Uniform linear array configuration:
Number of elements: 64
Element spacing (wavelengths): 0.25
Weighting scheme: exponential
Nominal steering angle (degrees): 45
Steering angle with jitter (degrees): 44.759
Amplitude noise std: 0.05
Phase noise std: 0.05

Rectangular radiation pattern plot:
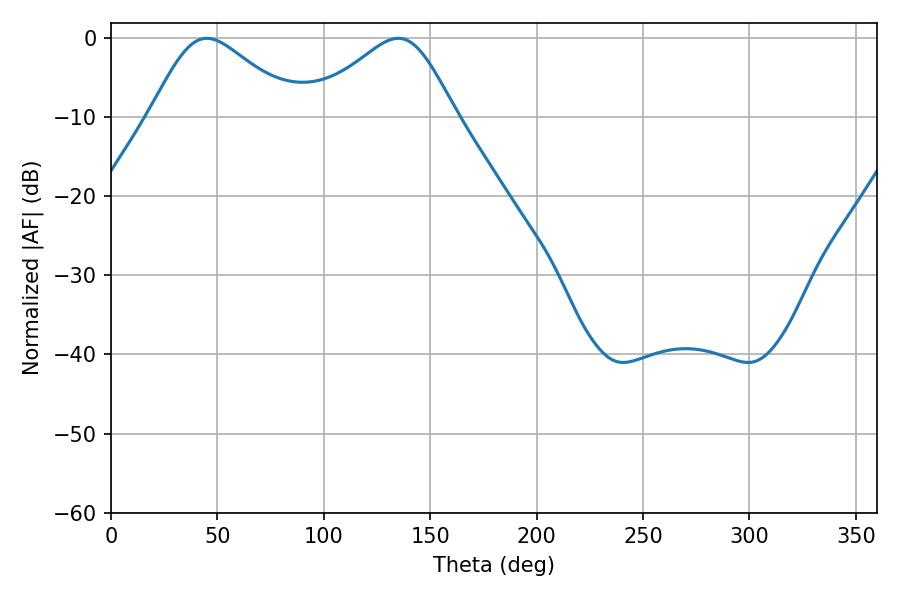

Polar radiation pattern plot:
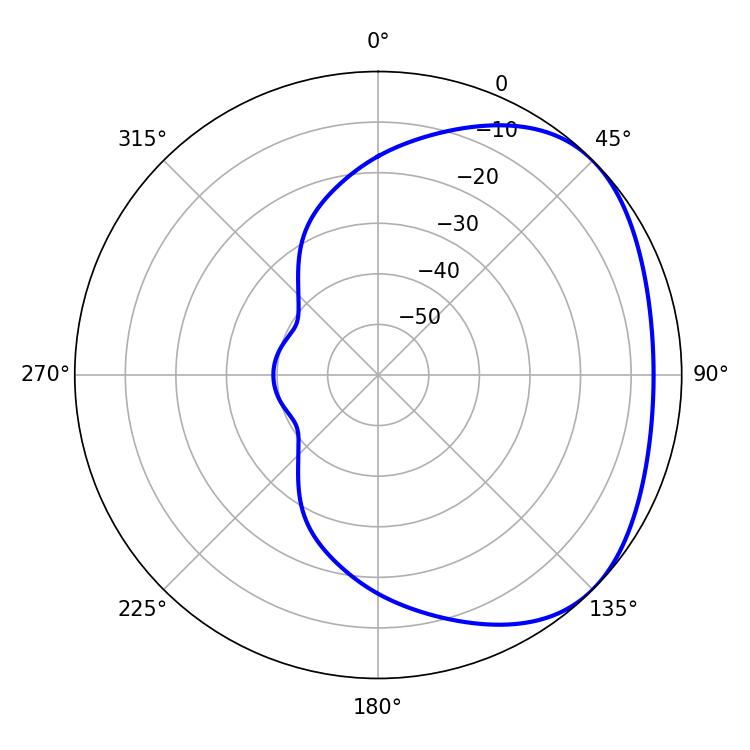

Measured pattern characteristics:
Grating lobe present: FALSE
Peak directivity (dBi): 2.859
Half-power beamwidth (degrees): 34.2
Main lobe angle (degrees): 45